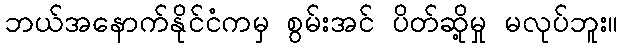
ဘယ်အနောက်နိုင်ငံကမှ စွမ်းအင် ပိတ်ဆို့မှု မလုပ်ဘူး။